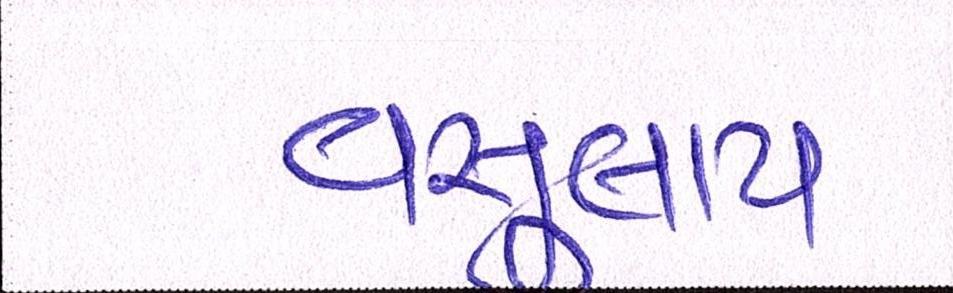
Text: વસુલાય